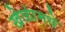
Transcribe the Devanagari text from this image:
खेळांमधे